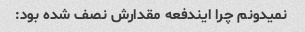
نمیدونم چرا ایندفعه مقدارش نصف شده بود: